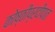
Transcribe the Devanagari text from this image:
कोष्ठीप्रदीपात